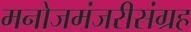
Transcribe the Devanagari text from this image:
मनोजमंजरीसंग्रह